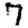
Digit: 7